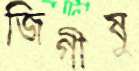
জিগীষু